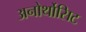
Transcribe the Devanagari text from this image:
अनोर्थोसिट